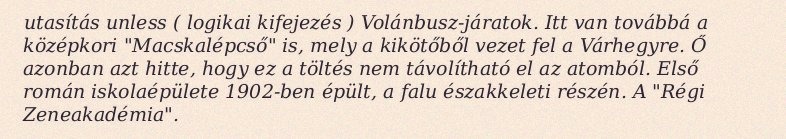
utasítás unless ( logikai kifejezés ) Volánbusz-járatok. Itt van továbbá a középkori "Macskalépcső" is, mely a kikötőből vezet fel a Várhegyre. Ő azonban azt hitte, hogy ez a töltés nem távolítható el az atomból. Első román iskolaépülete 1902-ben épült, a falu északkeleti részén. A "Régi Zeneakadémia".